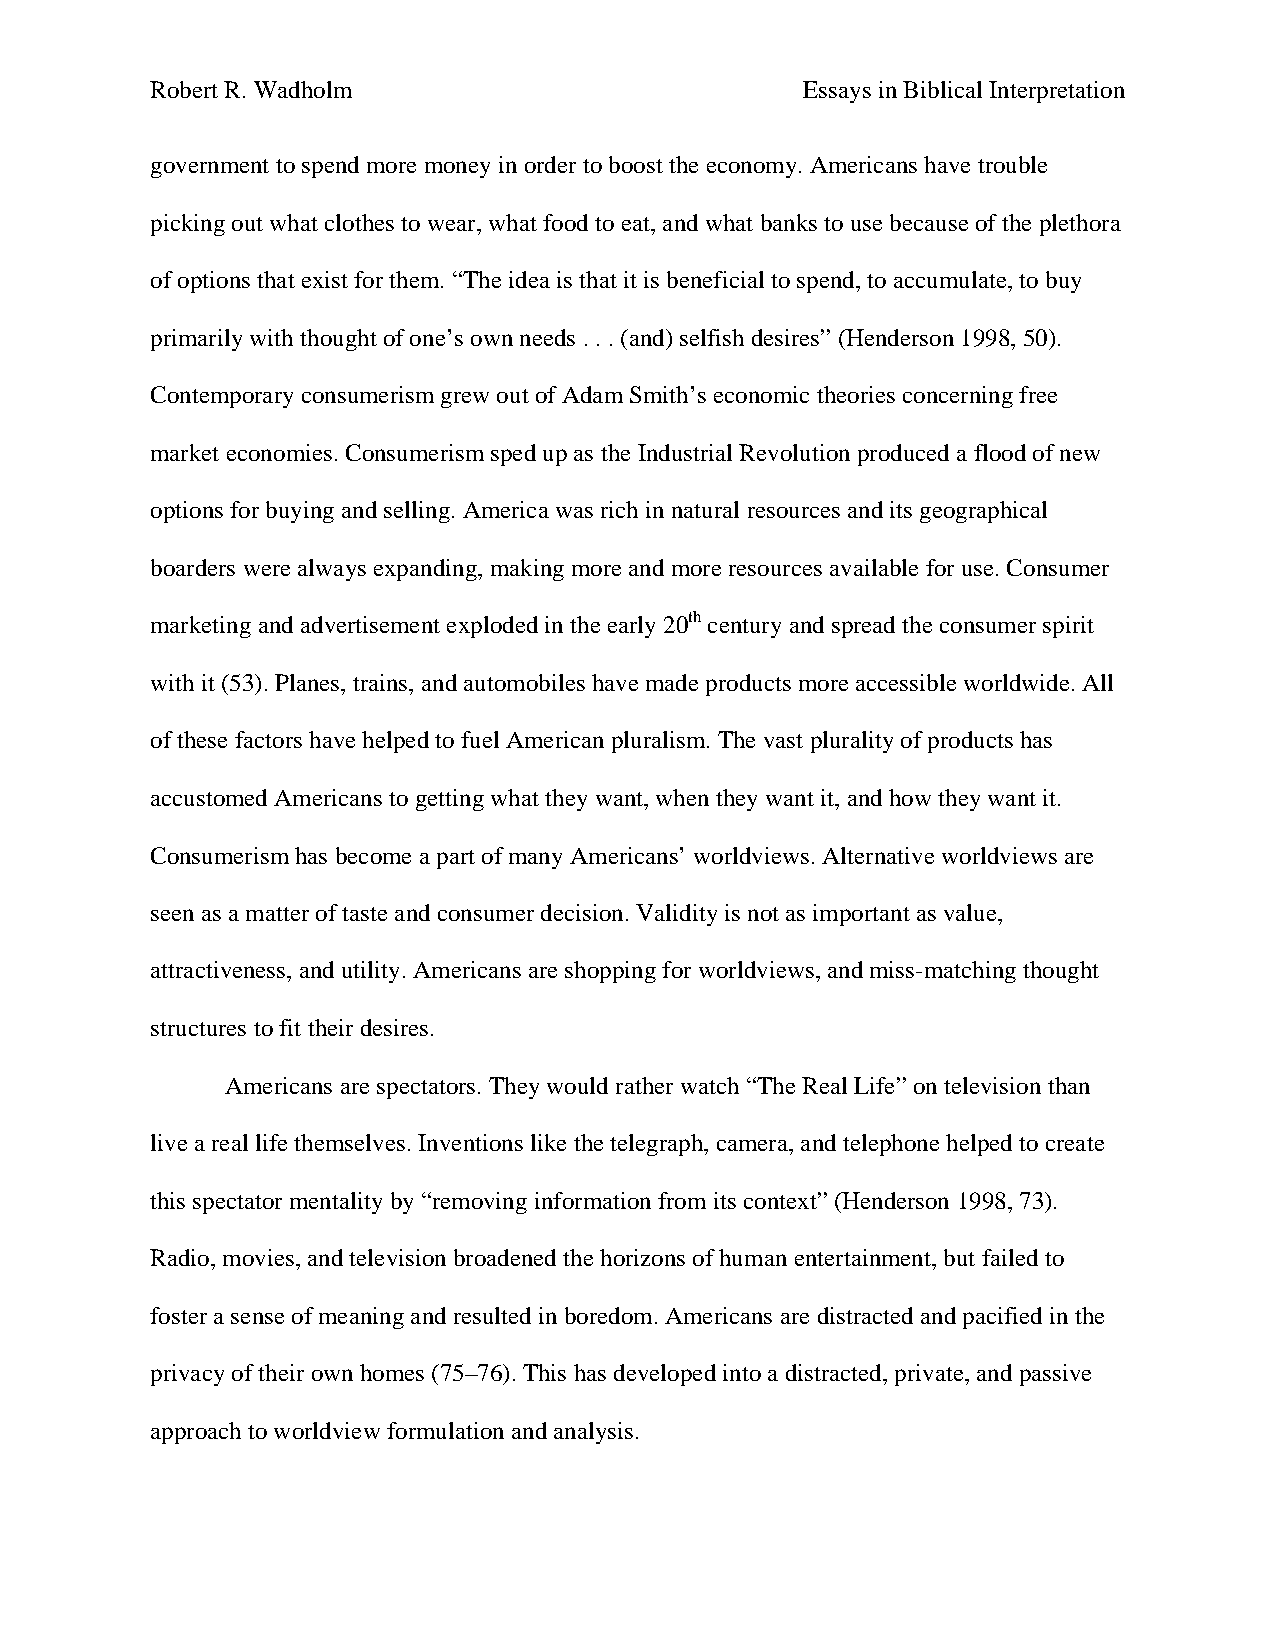
Robert R. Wadholm                          Essays in Biblical Interpretation
 government to spend more money in order to boost the economy. Americans have trouble
 picking out what clothes to wear, what food to eat, and what banks to use because of the plethora
 of options that exist for them. “The idea is that it is beneficial to spend, to accumulate, to buy
 primarily with thought of one’s own needs . . . (and) selfish desires” (Henderson 1998, 50).
 Contemporary consumerism grew out of Adam Smith’s economic theories concerning free
 market economies. Consumerism sped up as the Industrial Revolution produced a flood of new
 options for buying and selling. America was rich in natural resources and its geographical
 boarders were always expanding, making more and more resources available for use. Consumer
 marketing and advertisement exploded in the early 20th century and spread the consumer spirit
 with it (53). Planes, trains, and automobiles have made products more accessible worldwide. All
 of these factors have helped to fuel American pluralism. The vast plurality of products has
 accustomed Americans to getting what they want, when they want it, and how they want it.
 Consumerism has become a part of many Americans’ worldviews. Alternative worldviews are
 seen as a matter of taste and consumer decision. Validity is not as important as value,
 attractiveness, and utility. Americans are shopping for worldviews, and miss-matching thought
 structures to fit their desires.
 Americans are spectators. They would rather watch “The Real Life” on television than
 live a real life themselves. Inventions like the telegraph, camera, and telephone helped to create
 this spectator mentality by “removing information from its context” (Henderson 1998, 73).
 Radio, movies, and television broadened the horizons of human entertainment, but failed to
 foster a sense of meaning and resulted in boredom. Americans are distracted and pacified in the
 privacy of their own homes (75–76). This has developed into a distracted, private, and passive
 approach to worldview formulation and analysis.